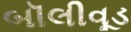
બૉલીવૂડ